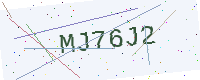
Text: MJ76J2